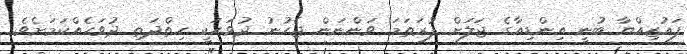
ފައުޒިއްްޔާ ބުނީ އިންޑިއާގެ ޖަލަށް ފުރަތަމަ ވަންނަން ޖެހުނު ދުވަހަކީ ހިތްދަތި ދުވަހެއްކަމަށެވެ.